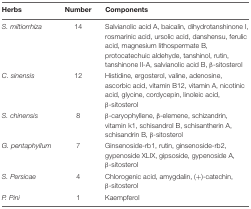
| Herbs | Number | Components |
 | --- | --- | --- |
 | S. miltiorrhiza | 14 | Salvianolic acid A, baicalin, dihydrotanshinone I, rosmarinic acid, ursolic acid, danshensu, ferulic acid, magnesium lithospermate B, protocatechuic aldehyde, tanshinol, rutin, tanshinone II-A, salvianolic acid B, β-sitosterol |
 | C. sinensis | 12 | Histidine, ergosterol, valine, adenosine, ascorbic acid, vitamin B12, vitamin A, nicotinic acid, glycine, cordycepin, linoleic acid, β-sitosterol |
 | S. chinensis | 8 | β-caryophyllene, β-elemene, schizandrin, vitamin k1, schisandrol B, schisantherin A, schisandrin B, β-sitosterol |
 | G. pentaphyllum | 7 | Ginsenoside-rb1, rutin, ginsenoside-rb2, gypenoside XLIX, gipsoside, gypenoside A, β-sitosterol |
 | S. Persicae | 4 | Chlorogenic acid, amygdalin, (+)-catechin, β-sitosterol |
 | P. Pini | 1 | Kaempferol |